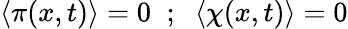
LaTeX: \langle\pi(x,t)\rangle=0\; \; ;\; \; \langle\chi(x,t)\rangle=0